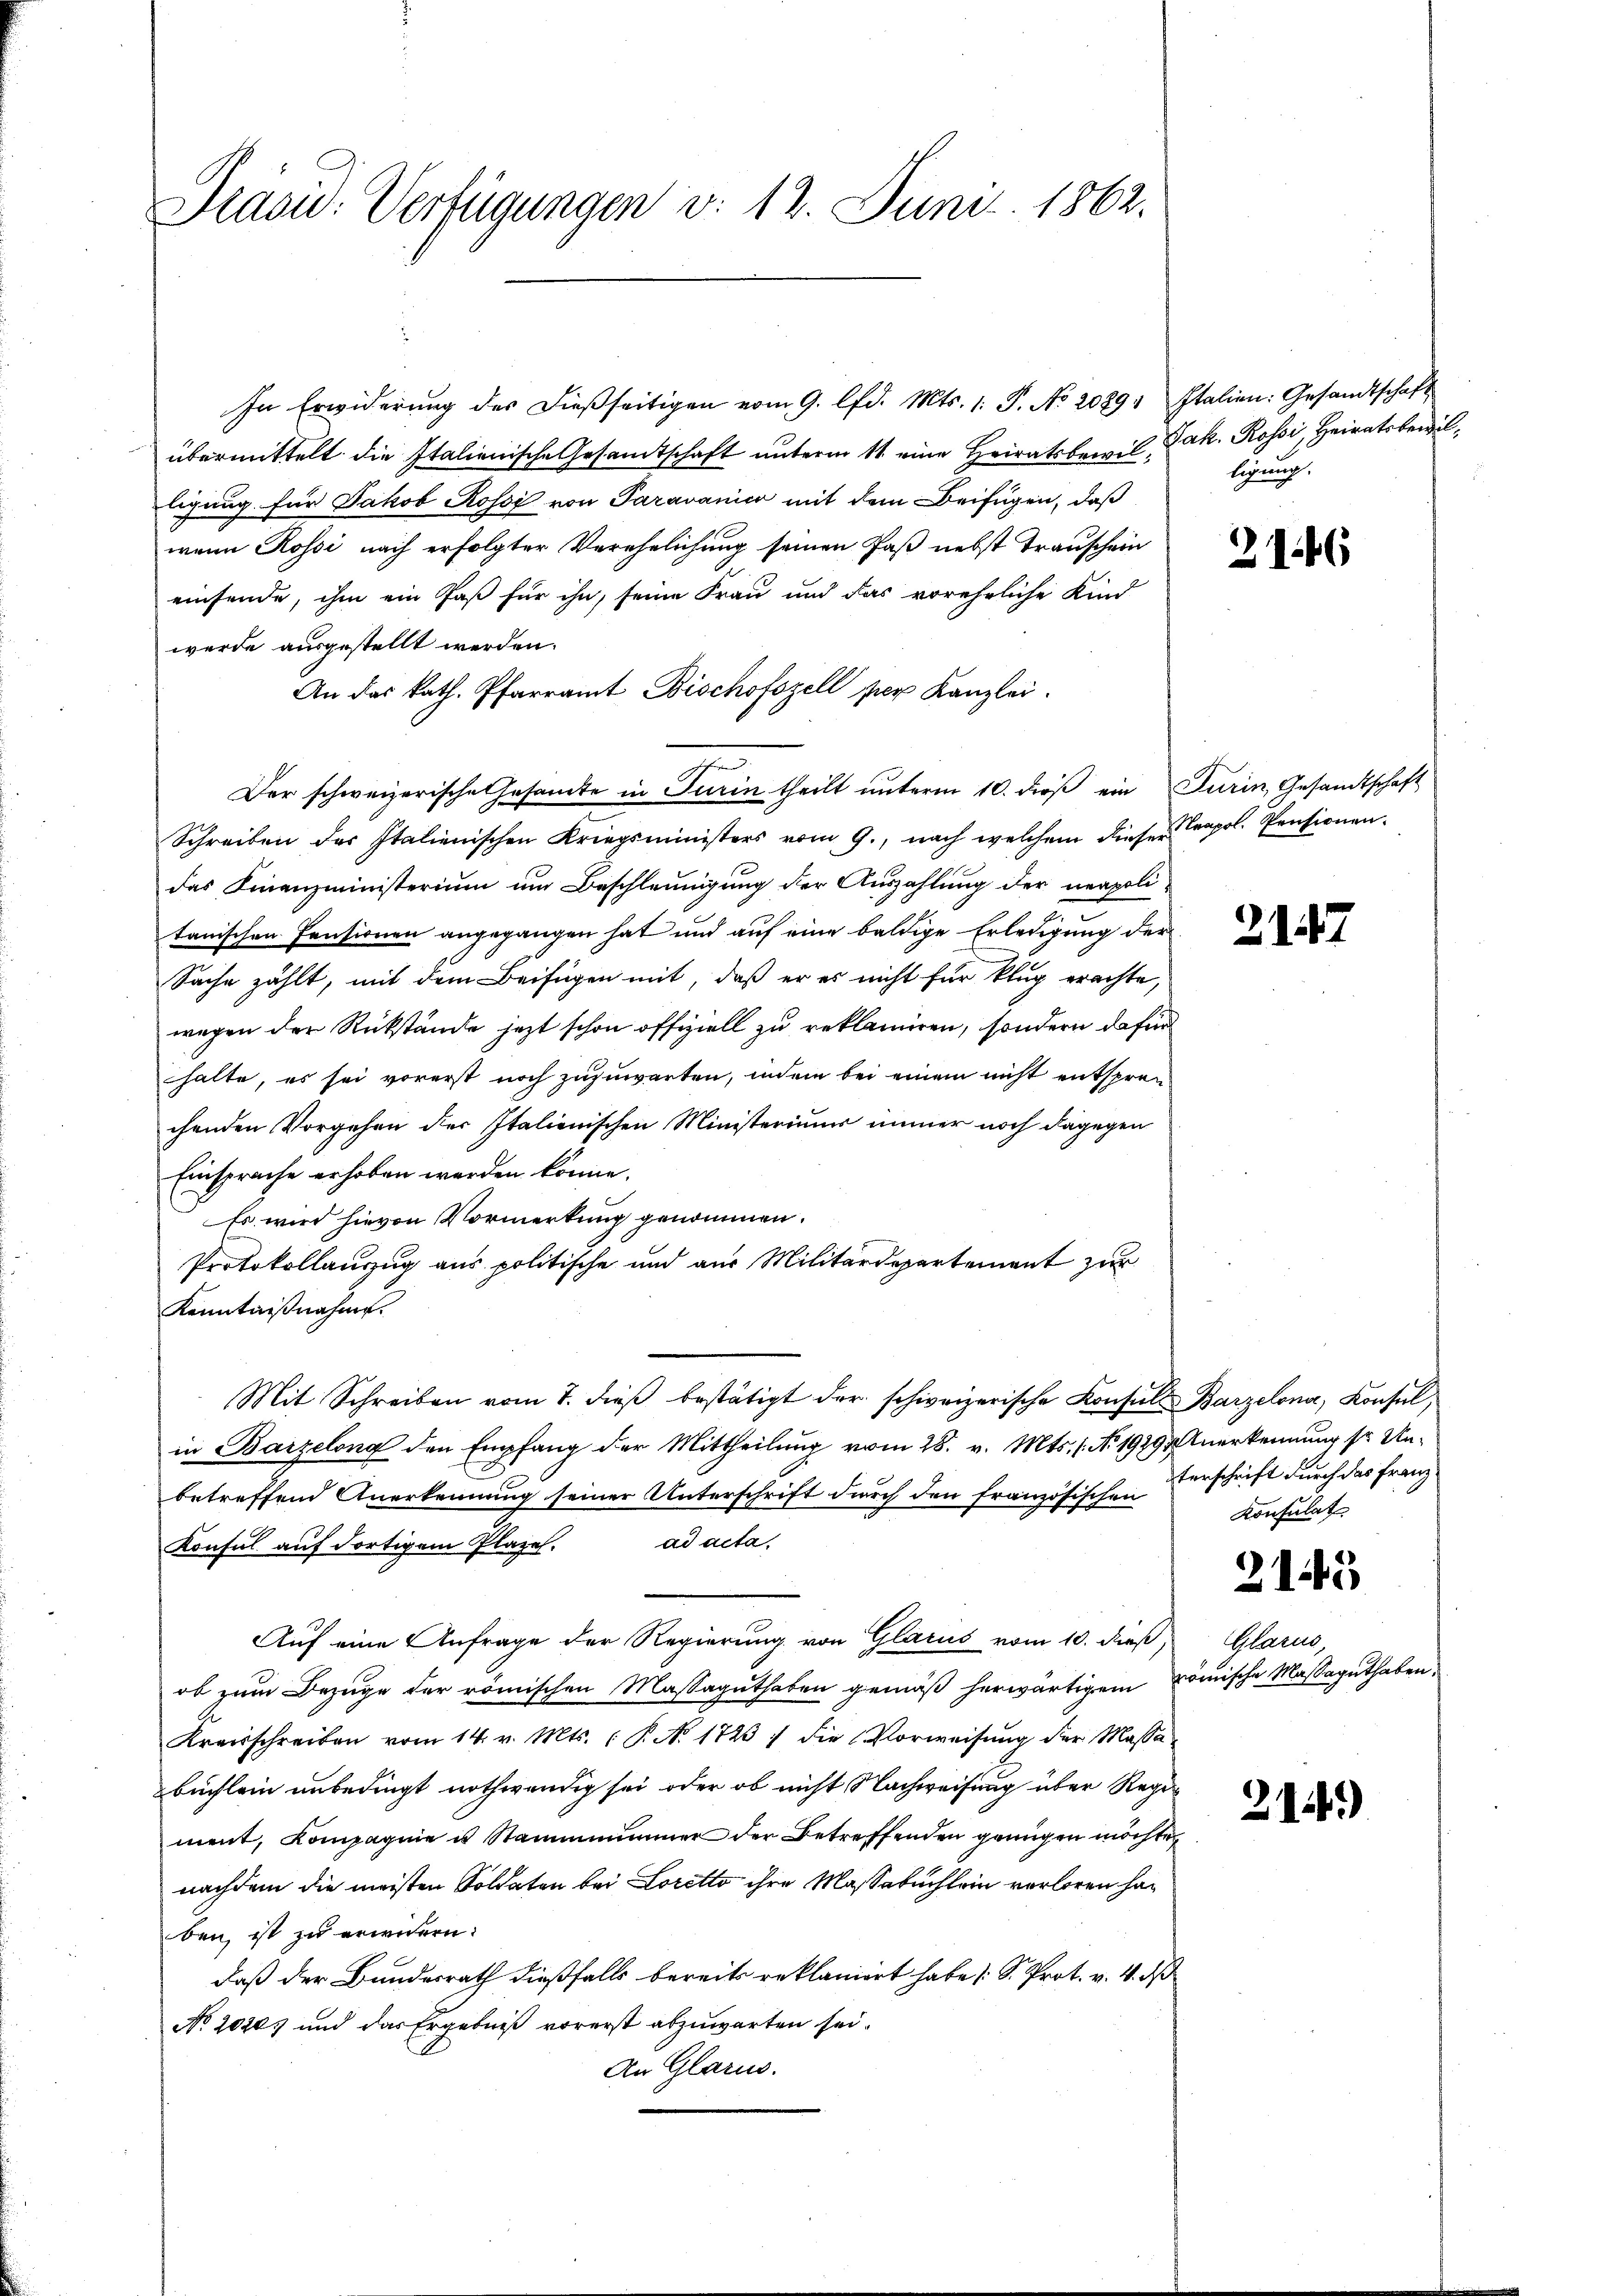
Prasid. Verfügungen v. 12. Juni 1862.

In Erwiderŭng des dieβseitigen vom 9. lfd. Mts. 1. P. No 2089. Italien: Gesandtschaft
übermittelt die Italienische Gesamtschaft unterm 11. eine Heiratsbewil, Jak. Rossi, Heiratsbewilligung für Jakob Rossi von Paravanica mit dem Beifügen, daß
wann Rossi, nach erfolgter Verehelichung seinen Paß nebst Transchein
einsende, ihm ein Jas für ihn, seine Frau und das voreheliche Kind
werde ausgestellt werden.
An das kath. Pfarramt Bischofszell per Kanzlei.
e
Der schweizerische Gesamte in Jurin theilt unterm 10. dieß ein Turin, Gesandtschaft
Schreiben des Italienischen Kriegsministers vom 9., nach welchem dieser Capol. Pensionendas Finanzministerium um Beschleunigung der Auszahlung der neapolitanischen Pensionen angegangen hat und auf eine baldige Erledigung der
Sache zählt, mit dem Beifügen mit, daß er es nicht für klug erachte,
wegen der Rückstände jezt schon offiziell zu reklamiren, sondern dafür
halte, es sei vorerst noch zuzuwarten, indem bei einem nicht entsprechenden Vorgehen der Italienischen Ministeriums immer noch dagegen
Einsprache erhoben werden könne.
Es wird hievon Vormerkung genommen.
Protokollanzug aus politische und aus Militärdepartement zur
Kenntnißnahme.
Mit Schreiben vom 7. dieβ bestätigt der schweizerische Konsul Barzelona, Konsul,
in Barzelona den Empfang der Mittheilung vom 28. v. Mts. 1. No. 1979 Anerkennung so Unbetreffend Anerkennung seiner Unterschrift durch den französischen Verschrift durch das Franz-
Konsul aŭf dortigem Plate. ad acta,
Auf eine Anfrage der Regierung von Glarus vom 10. dieß,
ob zum Bezuge der römischen Massaguthaben gemäß herwärtigen römische Massaguthaben
Kreisschreiben vom 14. v. Mts. (T. No. 1723 / die Vorweisŭng der Massabuchlein unbedingt nothwendig sei, oder ob nicht Nachweisung über Regiment, Kompagnie u Stannimmer der Betreffenden genügen möchte
nachdem die meisten Soldaten bei Loretto ihre Massabuchlein verloren haben ist zu erwidern:
daß der Bundesrath dießfalls bereits reklaniert habe (S. Prot. v. 4. d
No 20205 und das Ergebniß vorerst abzuwarten sei.
An Glarus.

ligung.

2146

2. 147.

Konsulat

2145

Glarus,

214)